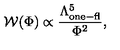
{ \cal W } ( \Phi ) \propto \frac { \Lambda _ { \mathrm { o n e - f l } } ^ { 5 } } { \Phi ^ { 2 } } ,